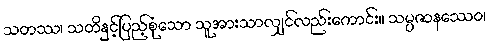
သတဿ၊ သတိနှင့်ပြည့်စုံသော သူအားသာလျှင်လည်းကောင်း။ သမ္ပဇာနဿေဝ၊